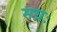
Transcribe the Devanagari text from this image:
मग्नः